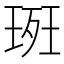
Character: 𭹚